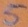
Text: 5